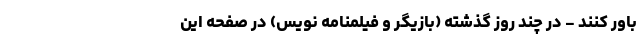
باور کنند - در چند روز گذشته (بازیگر و فیلمنامه نویس) در صفحه این